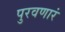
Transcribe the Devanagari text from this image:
पुरवणारं